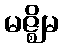
မဇ္ဈိမ